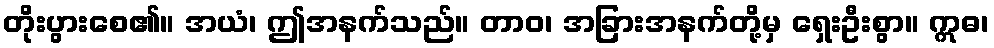
တိုးပွားစေ၏။ အယံ၊ ဤအနက်သည်။ တာဝ၊ အခြားအနက်တို့မှ ရှေးဦးစွာ။ ဣဓ၊